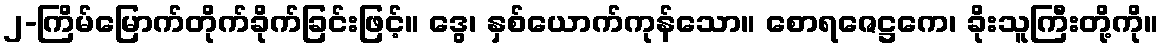
၂-ကြိမ်မြောက်တိုက်ခိုက်ခြင်းဖြင့်။ ဒွေ၊ နှစ်ယောက်ကုန်သော။ စောရဇေဋ္ဌကေ၊ ခိုးသူကြီးတို့ကို။